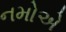
નમોએ